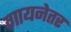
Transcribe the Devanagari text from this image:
गायनेतर